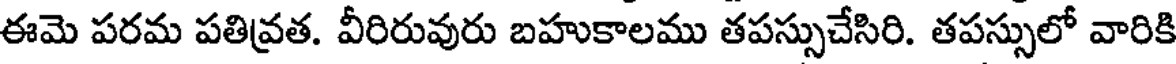
ఈమె పరమ పతివ్రత. వీరిరువురు బహుకాలము తపస్సుచేసిరి. తపస్సులో వారికి